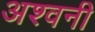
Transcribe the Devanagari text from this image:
अश्‍वनी